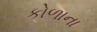
કોળાના